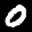
Label: 0